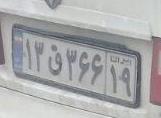
۱۳ق۳۶۶۱۹